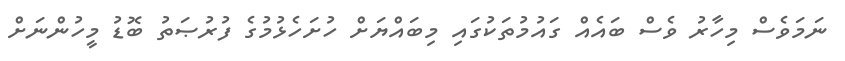
ނަމަވެސް މިހާރު ވެސް ބައެއް ގައުމުތަކުގައި މިބައްޔަށް ހުށަހެޅުމުގެ ފުރުޞަތު ބޮޑު މީހުންނަށް